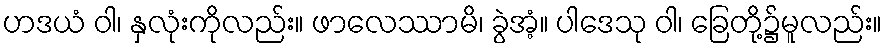
ဟဒယံ ဝါ၊ နှလုံးကိုလည်း။ ဖာလေဿာမိ၊ ခွဲအံ့။ ပါဒေသု ဝါ၊ ခြေတို့၌မူလည်း။